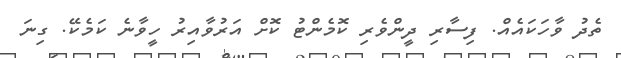
ތެދު ވާހަކައެއް. ފިސާރި ދީންވެރި ކޮމެންޓު ކޮށް އަރުވާއިރު ހީވާނެ ކަމެކޭ. ގިނަ